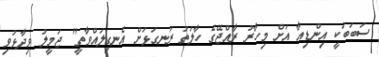
ސަބަބަކީ އިންޑިއާ އަށް މިހާރު ރާއްޖޭގެ ހާލަތު ރަނގަޅަށް އެނގިލައްވާތީ" ޖަމީލު ވިދާޅުވި